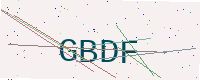
Text: GBDF